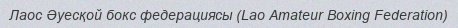
Лаос Әуесқой бокс федерациясы (Lao Amateur Boxing Federation)